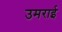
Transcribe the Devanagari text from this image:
उमराई